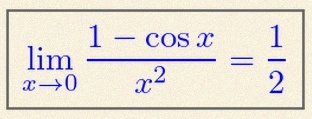
\lim_{x\to0}\frac{1-\cos x}{x^2}=\frac12